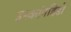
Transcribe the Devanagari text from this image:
इस्कॉनडिडो